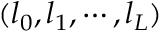
( l _ { 0 } , l _ { 1 } , \cdots , l _ { L } )